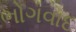
ભોગવાદ